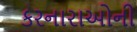
કરનારાઓની